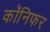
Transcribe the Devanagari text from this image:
कॉनिफर